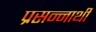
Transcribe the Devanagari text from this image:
प्रसन्नार्थी